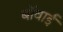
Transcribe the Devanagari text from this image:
बॉवाई